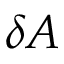
\delta A